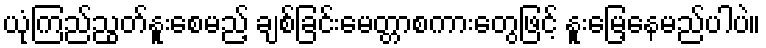
ယုံကြည်ညွတ်နူးစေမည့် ချစ်ခြင်းမေတ္တာစကားတွေဖြင့် နူးမြေ့နေမည်ပါပဲ။